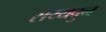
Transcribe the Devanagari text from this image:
सय्यदुन